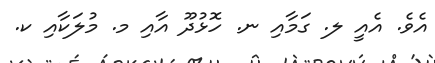
އެވެ. އެއީ ލ. ގަމާއި ނ. ހޮޅުދޫ އާއި މ. މުލަކާއި ކ.